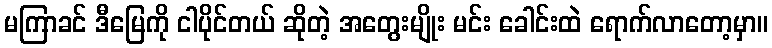
မကြာခင် ဒီမြေကို ငါပိုင်တယ် ဆိုတဲ့ အတွေးမျိုး မင်း ခေါင်းထဲ ရောက်လာတော့မှာ။